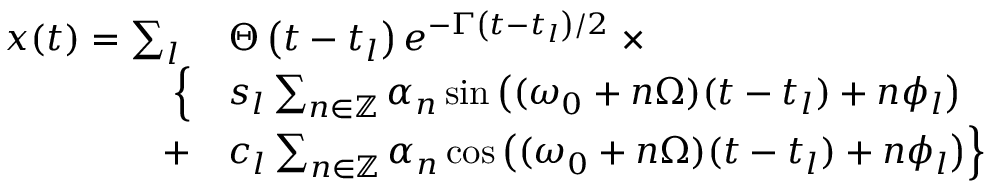
\begin{array} { r l } { x ( t ) = \sum _ { l } \; } & { { } \Theta \left( t - t _ { l } \right) e ^ { - \Gamma \left( t - t _ { l } \right) / 2 } \; \times } \\ { \Big \{ } & { { } s _ { l } \sum _ { n \in \mathbb { Z } } \alpha _ { n } \sin \big ( ( \omega _ { 0 } + n \Omega ) ( t - t _ { l } ) + n \phi _ { l } \big ) } \\ { + } & { { } c _ { l } \sum _ { n \in \mathbb { Z } } \alpha _ { n } \cos \big ( ( \omega _ { 0 } + n \Omega ) ( t - t _ { l } ) + n \phi _ { l } \big ) \Big \} } \end{array}